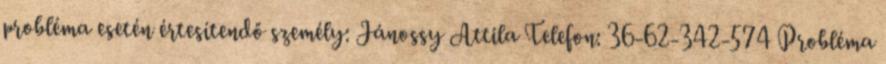
probléma esetén értesítendő személy: Jánossy Attila Telefon: 36-62-342-574 Probléma